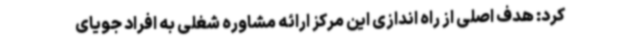
کرد: هدف اصلی از راه اندازی این مرکز ارائه مشاوره شغلی به افراد جویای